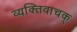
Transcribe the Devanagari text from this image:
व्यक्तिवाचक्